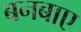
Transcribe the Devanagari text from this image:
बनबाए